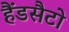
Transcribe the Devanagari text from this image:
हैंडसैटो